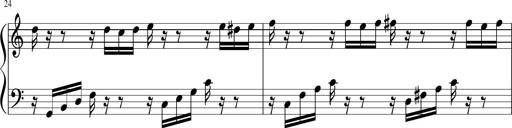
Title: Sonatina di Santa Gemma, JKB 12
Composer: Jason Baruk
Key: F major